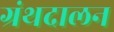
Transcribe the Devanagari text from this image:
ग्रंथदालन